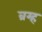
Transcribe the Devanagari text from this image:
व्रम्ह